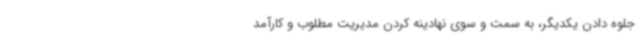
جلوه دادن یکدیگر، به سمت و سوی نهادینه کردن مدیریت مطلوب و کارآمد